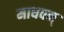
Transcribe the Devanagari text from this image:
माधवन्